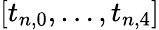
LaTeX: [t_{n,0},\ldots,t_{n,4}]